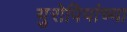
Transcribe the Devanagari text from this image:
युरोपियांच्या